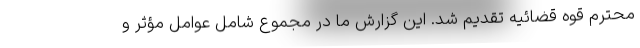
محترم قوه قضائیه تقدیم شد. این گزارش ما در مجموع شامل عوامل مؤثر و